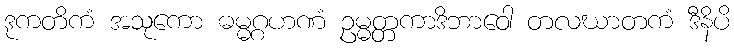
ဒုကတိကံ အသုကော ဓမ္မဂ္ဂဟဏံ ဥမ္မတ္တကာဒိဘာဝေါ တလဃာတကံ ဒီနိပိ